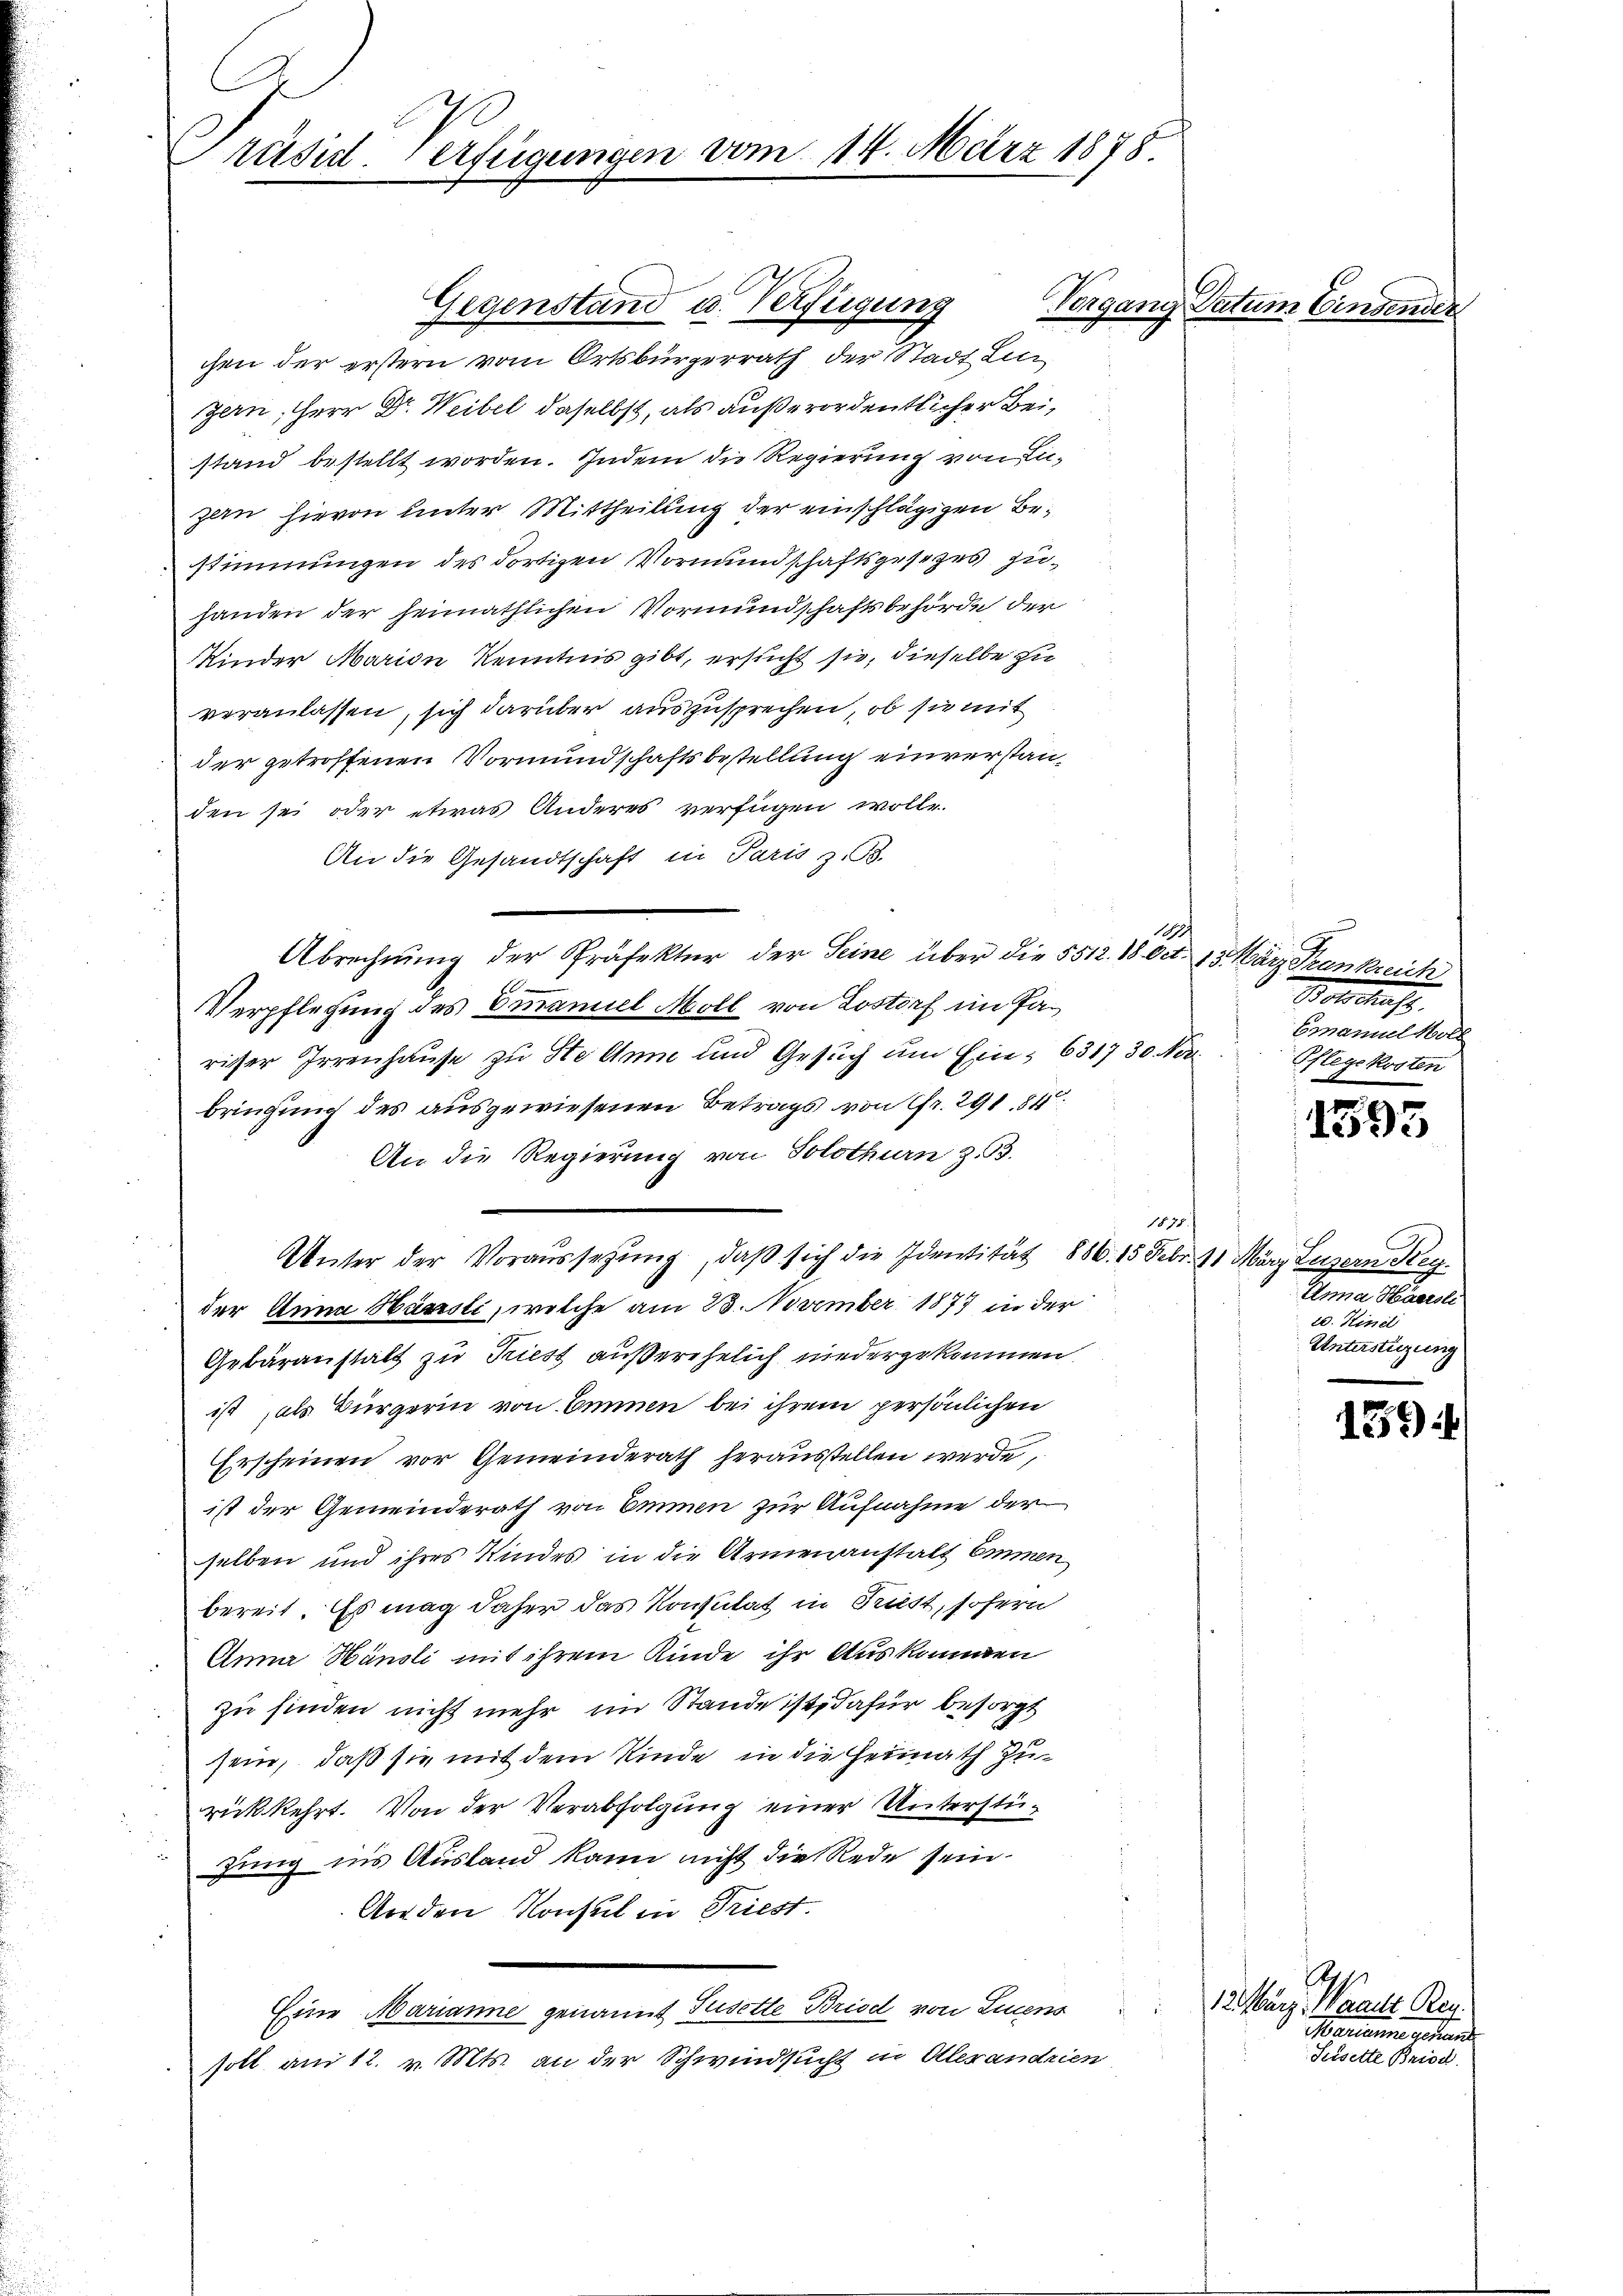
C
Präsid. Verfügungen vom 14. März 1878

Gegenstand u. Verfügung
chen der erstern vom Ortsbürgerrath der Stadt Leer
zern, Herr Dr. Weibel daselbst, als außerordentlicher Beistand bestellt worden. Indem die Regierung von Liezen hievon unter Mittheilung der einschlägigen Bestimmungen des dortigen Vormundschaftsgesetzes zuhanden der heimathlichen Vormundschaftsbehörde der
Kinder Marian Kenntnis gibt, ersucht sie, dieselbe zu
veranlassen, sich darüber auszusprechen, ob sie mit
der getroffenen Vormundschaftsbestellung einverstanden sei oder etwas Anderes verfügen wolle.
An die Gesandtschaft in Paris z. B.
1
Abrechnung der Präfektur der Seine über die 5512. 18. Oct. 13. März Trankreich
Verpflegung des Emmaniel Moll von Lostorf im Pariser Irrenhause zu Stellum und Gesuch um Ein- 6317 30 Niebringung des ausgewiesenen Betrags von Fr. 291. 84
An die Regierung von Solothurn z. B.
1875.
Unter der Voraussetzŭng, daβ sich die Identität 886. 15. Febr. 11 März Luzern Keyder Anna Hausti, welche am 23. November 1877 in der
Gebäranstalt zu Triest außerehelich niedergekommen.
ist, als Bürgerin von Emmen bei ihrem persönlichen
Erscheinen vor Gemeinderath herausstellen werde,
ist der Gemeinderath von Emmen zur Aufnahme der
selben und ihres Kindes in die Armenanstalt Emmen
bereit. Es mag daher das Konsulat in Frist, sofern
Anna Hänsli mit ihrem Kinde ihr Auskommen
zu finden nicht mehr im Stande ist, dafür besorgt
sein, daß sie mit dem Kinde in die Heimath Zurückkehrt. Von der Verabfolgung einer Unterstüzung in’s Ausland kann nicht die Rede sein.
Aorden Konsul in Triest.
Eine Marianne genannt Tusette Bried von Linens 12. März, Waadt Reg.
soll am 12. v. Mts. an der Schwindsucht in Allerandrien

Vergang Datum Eingende.

Botschaft.
Emanuel Koll
Pflegekosten

e
193

Anna Hasel
20. Hint
Unterstüzung

159.

.
Marianne gehende
Seisette Briod